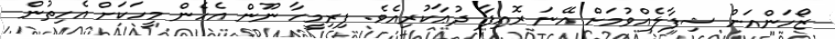
ޒޯހަންއަށް ޝިފާލެއްވުމަށް އޭނަ ރޮއިފާ ދުޢާކުރިއެވެ. ފިރިމީހާ ނޫން އެހެން މީހަކަށް އެހިތުން